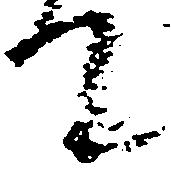
て